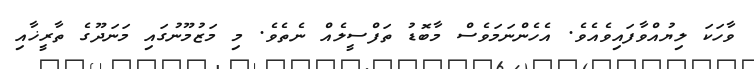
ވާހަކަ ލިޔުއްވާފައިވެއެވެ. އެހެންނަމަވެސް މާބޮޑު ތަފްސީލެއް ނެތެވެ. މި މަޒުމޫނުގައި މަނަދޫގެ ތާރީޚާއި